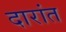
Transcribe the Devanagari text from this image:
दारांत